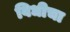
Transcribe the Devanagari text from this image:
विधीचा